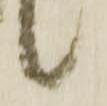
候